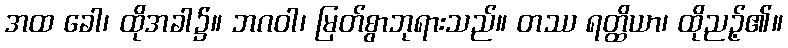
အထ ခေါ၊ ထိုအခါ၌။ ဘဂဝါ၊ မြတ်စွာဘုရားသည်။ တဿ ရတ္ထိယာ၊ ထိုညဉ့်၏။